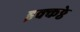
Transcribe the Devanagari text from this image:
इक्कठ्ठे